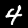
Digit: 4